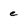
Character: e